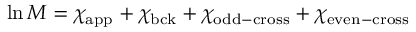
\ln M = \chi _ { \mathrm { a p p } } + \chi _ { \mathrm { b c k } } + \chi _ { \mathrm { o d d - c r o s s } } + \chi _ { \mathrm { e v e n - c r o s s } }